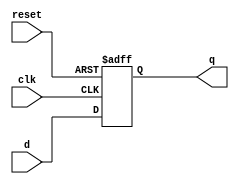
module flip_flop (
    input wire clk,      // Clock signal
    input wire reset,    // Reset signal
    input wire d,        // Input data
    output reg q         // Output data
);

    always @(posedge clk or posedge reset) begin
        if (reset) begin
            q <= 1'b0;   // Initialize the flip-flop to 0 on reset
        end else begin
            q <= d;       // Update the output on each clock cycle
        end
    end

endmodule